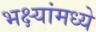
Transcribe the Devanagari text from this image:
भक्ष्यांमध्ये